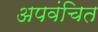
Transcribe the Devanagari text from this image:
अपवंचित